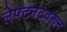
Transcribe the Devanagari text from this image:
लेफ्टनंटवरून